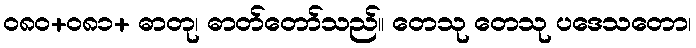
၀၈၀+၀၈၁+ ဓာတု၊ ဓာတ်တော်သည်။ တေသု တေသု ပဒေသတော၊